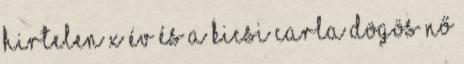
hirtelen X év és a kicsi Carla dögös nő